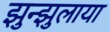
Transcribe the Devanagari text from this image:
झुन्झुलाया